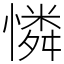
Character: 憐